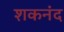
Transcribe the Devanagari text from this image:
शकनंद